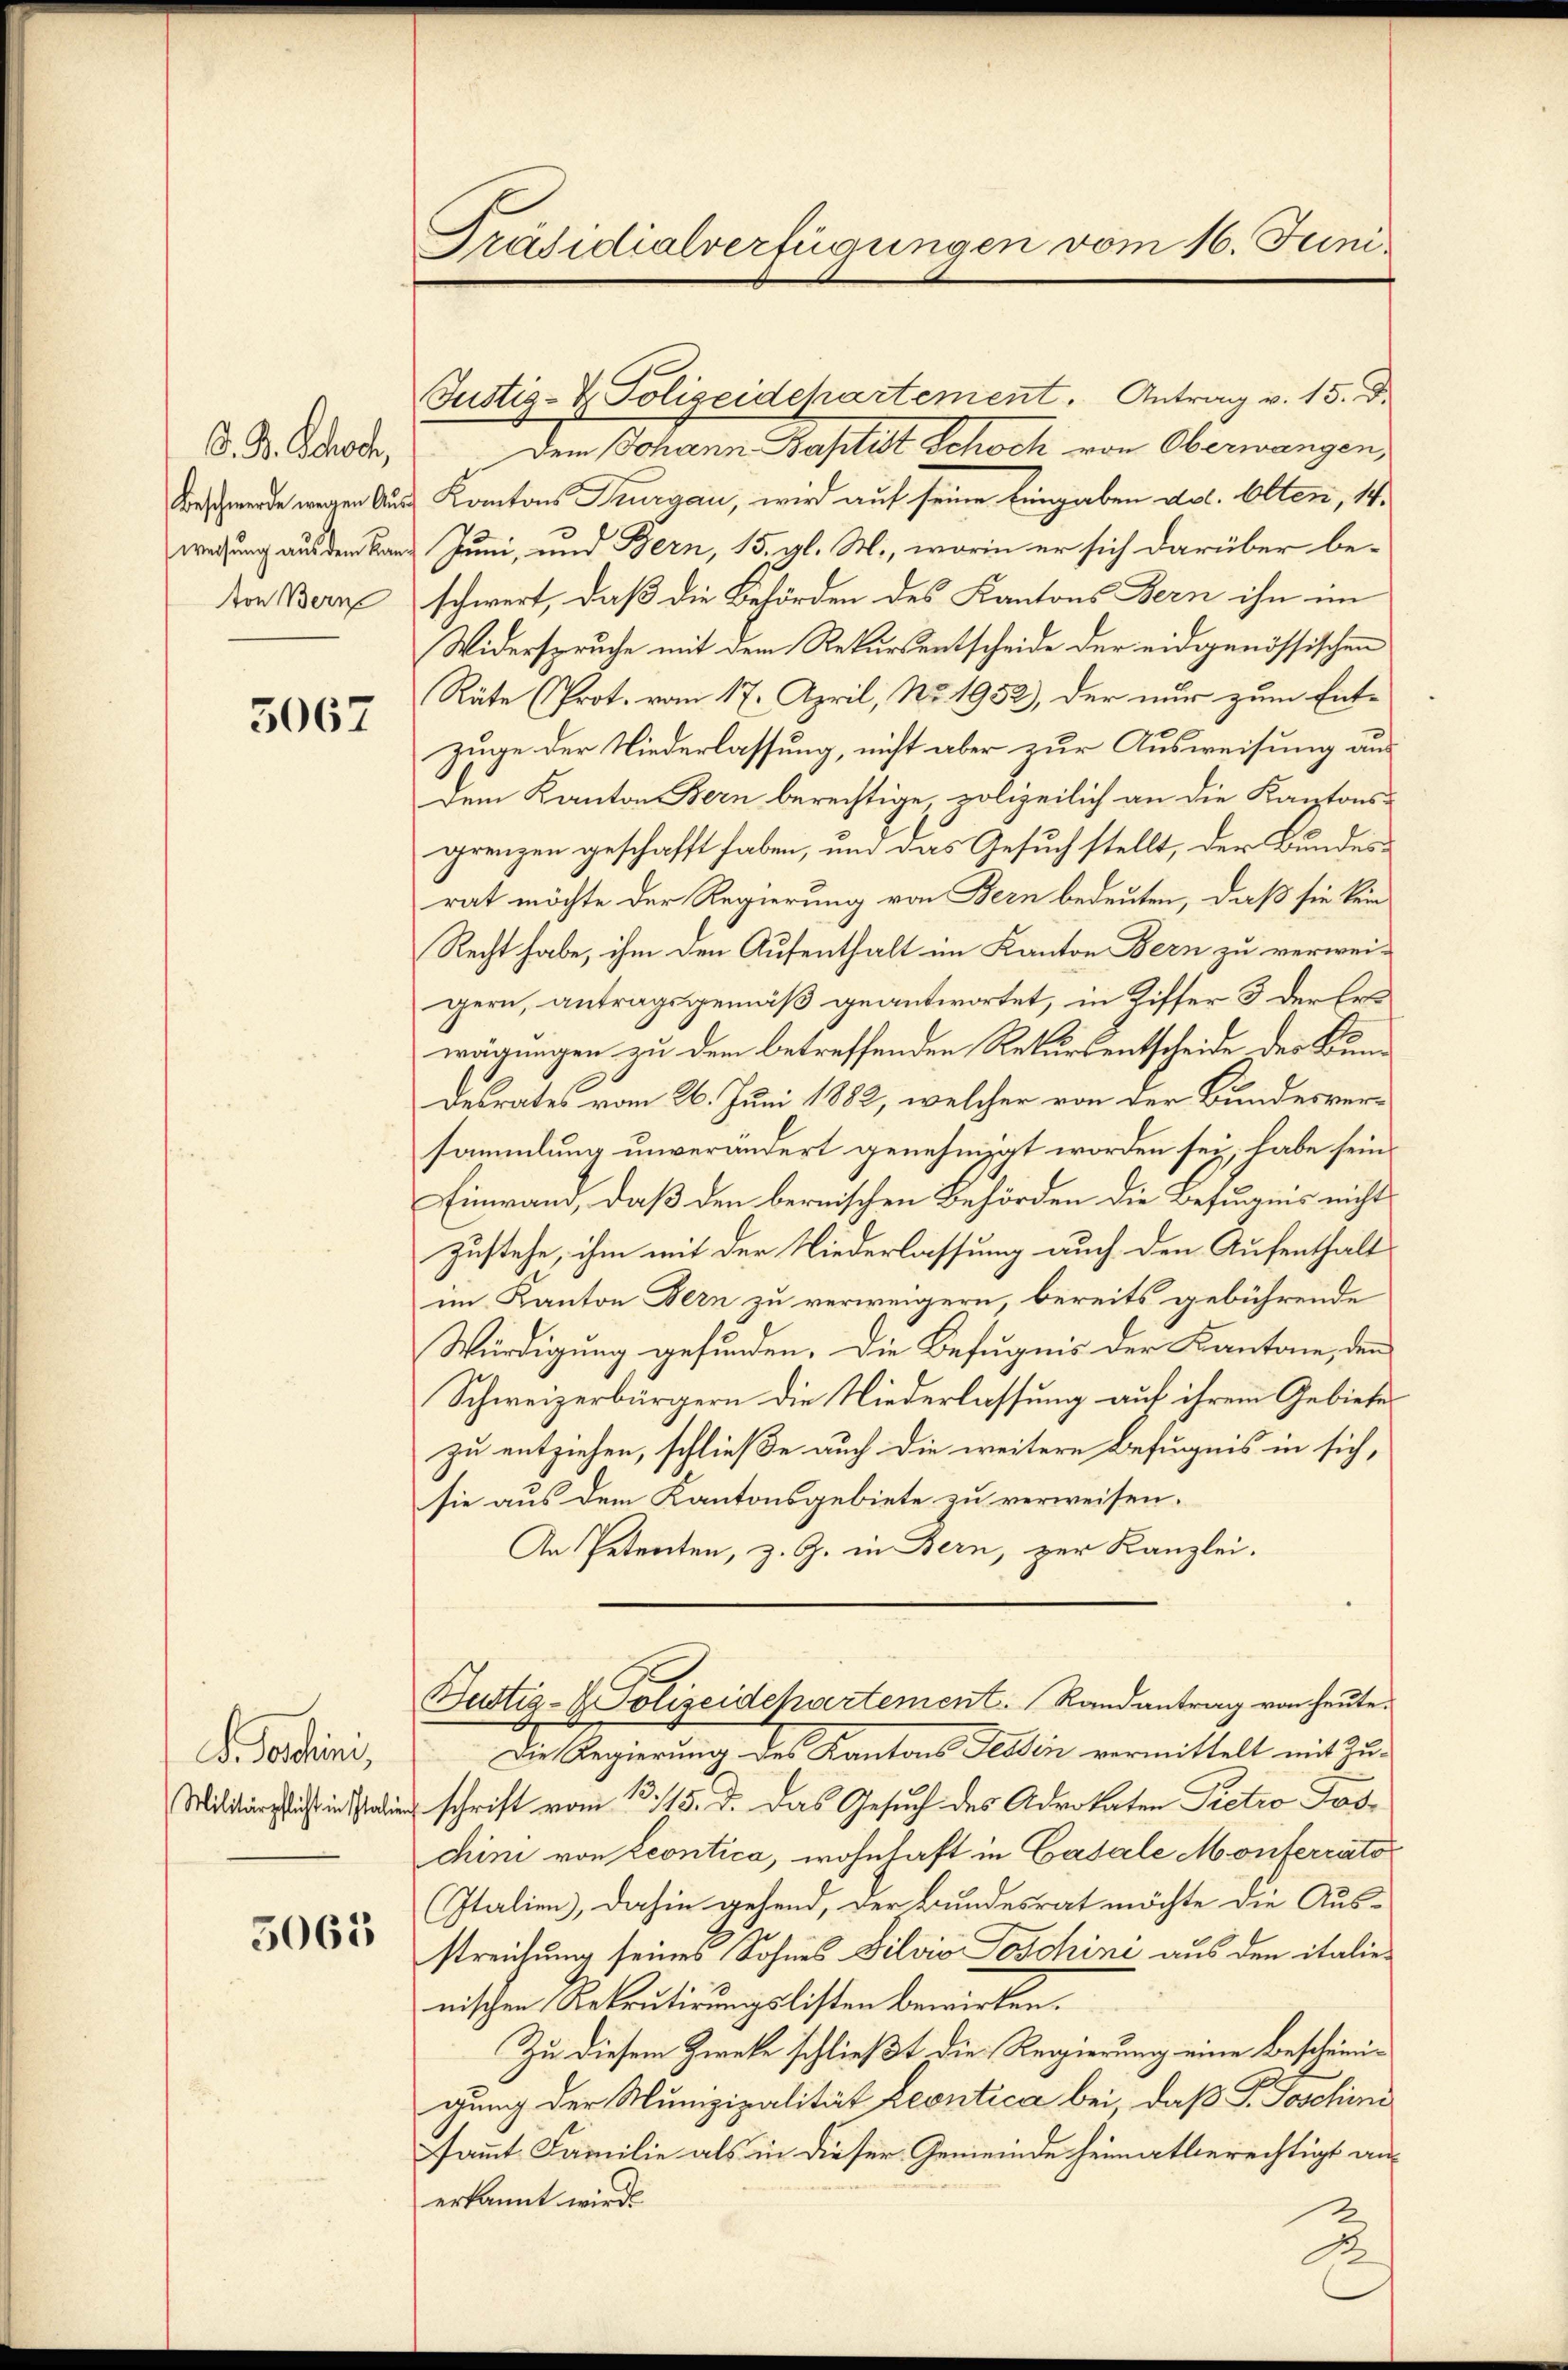
O. B. Schoch,
Beschwerde wegen Aus
weisung aus dem Kan
ton Berne

5067

D. Jostini,
Militärpflicht in Italie

5065

Präsidialverfügungen vom 16. Juni

Justiz- & Polizeidepartement. Antrag v. 15. d.

Dem Johann Baptist Schoch von Oberwangen,
Kantons Thurgau, wird auf seine Eingaben dol. Olten, 14.
Juni, und Bern, 15. gl. M., worin er sich darüber be-
schwert, daß die Behörden des Kantons Bern ihn im
Widerspruche mit dem Rekursentscheide der eidgenössischen
Räte (Prot. vom 17. April, No. 1952), der nur zum Ent-
zuge der Niederlassung, nicht aber zur Ausweisung aus
dem Kanton Bern berechtige, polizeilich an die Kantons-
grenzen geschafft haben, um das Gesuch stellt, der Bundesrat möchte der Regierung von Bern bedeuten, daß sie kein
Recht habe, ihm den Aufenthalt im Kanton Bern zu verwei-
gern, antragsgemäß geantwortet, in Ziffer 3 der Erwägungen zu dem betreffenden Rekursentscheide des Kindesrates vom 26. Juni 1882, welcher von der Bundesversammlung unverändert genehmigt worden sei, habe sein.
Einwand, daß den bernischen Behörden die Befugnis nicht
Zustehe, ihm mit der Niederlassung auch den Aufenthalt
im Kanton Bern zu verweigern, bereits gebührende
Würdigung gefunden. Die Befugnis der Kantone, den
Schweizerbürgern die Niederlassung auf ihrem Gebietes
zu entziehen, schließe auch die weitere Befugnis in sich,
sie aus dem Kantonsgebiete zu verweisen.
An Petenten, z. Z. in Bern, zur Kanzlei.
Bustiz- & Polizeidepartement. Randantrag von heute.
Die Regierung des Kantons Tessin vermittelt mit Zu-
schrift vom 13. 115. d. das Gesuch des Advokaten Pietro Paschini von Econtica, wohnhaft in Catale Monferrato
Italien, dahin gehend, der Bundesrat möchte die Aus-
streichung seines Sohnes Dilvio Toschine aus den italienischen Rekrutirungslisten bewirken.
Zu diesem Zweke schließt die Regierung eine Bescheinigung der Munizipalität Leontica bei, daß P. Joschini
sammt. Familie als in dieser Gemeinde heimatberechtigt an-
erkannt wird